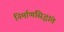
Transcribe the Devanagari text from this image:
निर्माणसिद्धांत